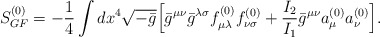
\begin{align*}S_{GF}^{(0)} = -\frac{1}{4}\int dx^4\sqrt{-\bar{g}}\Bigl[\bar{g}^{\mu \nu}\bar{g}^{\lambda \sigma}f_{\mu \lambda}^{(0)}f_{\nu \sigma}^{(0)}+\frac{I_2}{I_1}\bar{g}^{\mu \nu}a_{\mu}^{(0)}a_{\nu}^{(0)}\Bigr].\end{align*}